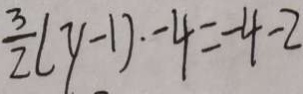
\frac { 3 } { 2 } ( y - 1 ) - 4 = - 4 - 2